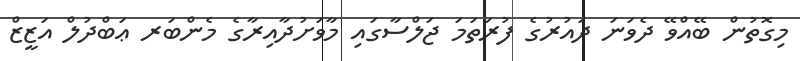
މިގޮތުން ބޭއްވޭ ދެވަނަ ދައުރުގެ ފުރަތަމަ ޖަލްސާގައި މާވަށުދާއިރާގެ މެންބަރ ޢަބްދުލް އަޒީޒް